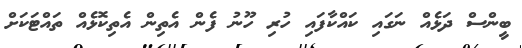
ބީންސް ދަޅެއް ނަގައި ކައްކާފައި ހުރި ހޫނު ފެން އެތިން އެތިކޮޅެއް ތައްޓަކަށް